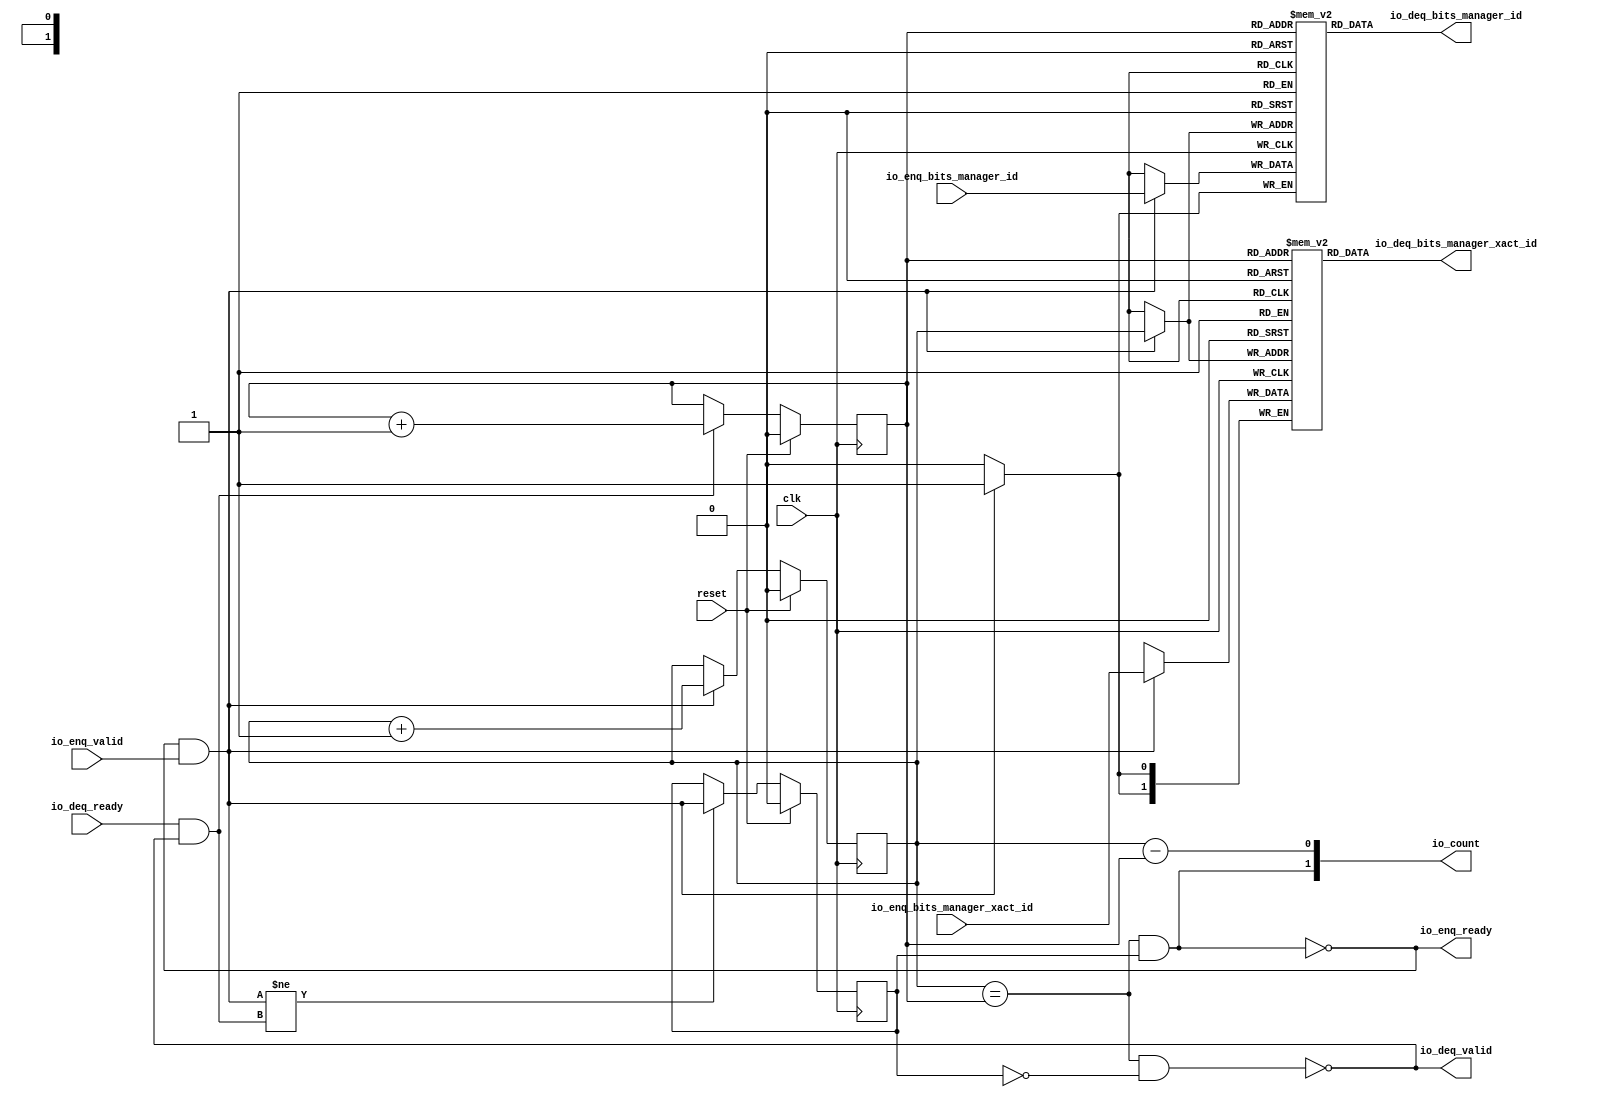
module FinishQueue_1(
  input   clk,
  input   reset,
  output  io_enq_ready,
  input   io_enq_valid,
  input  [1:0] io_enq_bits_manager_xact_id,
  input   io_enq_bits_manager_id,
  input   io_deq_ready,
  output  io_deq_valid,
  output [1:0] io_deq_bits_manager_xact_id,
  output  io_deq_bits_manager_id,
  output [1:0] io_count
);
  reg [1:0] ram_manager_xact_id [0:1];
  reg [31:0] GEN_0;
  wire [1:0] ram_manager_xact_id_T_264_data;
  wire  ram_manager_xact_id_T_264_addr;
  wire  ram_manager_xact_id_T_264_en;
  wire [1:0] ram_manager_xact_id_T_226_data;
  wire  ram_manager_xact_id_T_226_addr;
  wire  ram_manager_xact_id_T_226_mask;
  wire  ram_manager_xact_id_T_226_en;
  reg  ram_manager_id [0:1];
  reg [31:0] GEN_1;
  wire  ram_manager_id_T_264_data;
  wire  ram_manager_id_T_264_addr;
  wire  ram_manager_id_T_264_en;
  wire  ram_manager_id_T_226_data;
  wire  ram_manager_id_T_226_addr;
  wire  ram_manager_id_T_226_mask;
  wire  ram_manager_id_T_226_en;
  reg  T_218;
  reg [31:0] GEN_2;
  reg  T_220;
  reg [31:0] GEN_3;
  reg  maybe_full;
  reg [31:0] GEN_4;
  wire  ptr_match;
  wire  T_223;
  wire  empty;
  wire  full;
  wire  T_224;
  wire  do_enq;
  wire  T_225;
  wire  do_deq;
  wire [1:0] T_252;
  wire  T_253;
  wire  GEN_7;
  wire [1:0] T_257;
  wire  T_258;
  wire  GEN_8;
  wire  T_259;
  wire  GEN_9;
  wire  T_261;
  wire  T_263;
  wire [1:0] T_287;
  wire  ptr_diff;
  wire  T_288;
  wire [1:0] T_289;
  assign io_enq_ready = T_263;
  assign io_deq_valid = T_261;
  assign io_deq_bits_manager_xact_id = ram_manager_xact_id_T_264_data;
  assign io_deq_bits_manager_id = ram_manager_id_T_264_data;
  assign io_count = T_289;
  assign ram_manager_xact_id_T_264_addr = T_220;
  assign ram_manager_xact_id_T_264_en = 1'h1;
  assign ram_manager_xact_id_T_264_data = ram_manager_xact_id[ram_manager_xact_id_T_264_addr];
  assign ram_manager_xact_id_T_226_data = io_enq_bits_manager_xact_id;
  assign ram_manager_xact_id_T_226_addr = T_218;
  assign ram_manager_xact_id_T_226_mask = do_enq;
  assign ram_manager_xact_id_T_226_en = do_enq;
  assign ram_manager_id_T_264_addr = T_220;
  assign ram_manager_id_T_264_en = 1'h1;
  assign ram_manager_id_T_264_data = ram_manager_id[ram_manager_id_T_264_addr];
  assign ram_manager_id_T_226_data = io_enq_bits_manager_id;
  assign ram_manager_id_T_226_addr = T_218;
  assign ram_manager_id_T_226_mask = do_enq;
  assign ram_manager_id_T_226_en = do_enq;
  assign ptr_match = T_218 == T_220;
  assign T_223 = maybe_full == 1'h0;
  assign empty = ptr_match & T_223;
  assign full = ptr_match & maybe_full;
  assign T_224 = io_enq_ready & io_enq_valid;
  assign do_enq = T_224;
  assign T_225 = io_deq_ready & io_deq_valid;
  assign do_deq = T_225;
  assign T_252 = T_218 + 1'h1;
  assign T_253 = T_252[0:0];
  assign GEN_7 = do_enq ? T_253 : T_218;
  assign T_257 = T_220 + 1'h1;
  assign T_258 = T_257[0:0];
  assign GEN_8 = do_deq ? T_258 : T_220;
  assign T_259 = do_enq != do_deq;
  assign GEN_9 = T_259 ? do_enq : maybe_full;
  assign T_261 = empty == 1'h0;
  assign T_263 = full == 1'h0;
  assign T_287 = T_218 - T_220;
  assign ptr_diff = T_287[0:0];
  assign T_288 = maybe_full & ptr_match;
  assign T_289 = {T_288,ptr_diff};
`ifdef RANDOMIZE
  integer initvar;
  initial begin
    `ifndef verilator
      #0.002;
    `endif
  GEN_0 = {1{$random}};
  `ifdef RANDOMIZE
  for (initvar = 0; initvar < 2; initvar = initvar+1)
    ram_manager_xact_id[initvar] = GEN_0[1:0];
  `endif
  GEN_1 = {1{$random}};
  `ifdef RANDOMIZE
  for (initvar = 0; initvar < 2; initvar = initvar+1)
    ram_manager_id[initvar] = GEN_1[0:0];
  `endif
  `ifdef RANDOMIZE
  GEN_2 = {1{$random}};
  T_218 = GEN_2[0:0];
  `endif
  `ifdef RANDOMIZE
  GEN_3 = {1{$random}};
  T_220 = GEN_3[0:0];
  `endif
  `ifdef RANDOMIZE
  GEN_4 = {1{$random}};
  maybe_full = GEN_4[0:0];
  `endif
  end
`endif
  always @(posedge clk) begin
    if(ram_manager_xact_id_T_226_en & ram_manager_xact_id_T_226_mask) begin
      ram_manager_xact_id[ram_manager_xact_id_T_226_addr] <= ram_manager_xact_id_T_226_data;
    end
    if(ram_manager_id_T_226_en & ram_manager_id_T_226_mask) begin
      ram_manager_id[ram_manager_id_T_226_addr] <= ram_manager_id_T_226_data;
    end
    if(reset) begin
      T_218 <= 1'h0;
    end else begin
      if(do_enq) begin
        T_218 <= T_253;
      end
    end
    if(reset) begin
      T_220 <= 1'h0;
    end else begin
      if(do_deq) begin
        T_220 <= T_258;
      end
    end
    if(reset) begin
      maybe_full <= 1'h0;
    end else begin
      if(T_259) begin
        maybe_full <= do_enq;
      end
    end
  end
endmodule